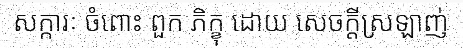
សក្ការៈ ចំពោះ ពួក ភិក្ខុ ដោយ សេចក្តីស្រឡាញ់